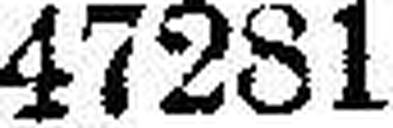
47281